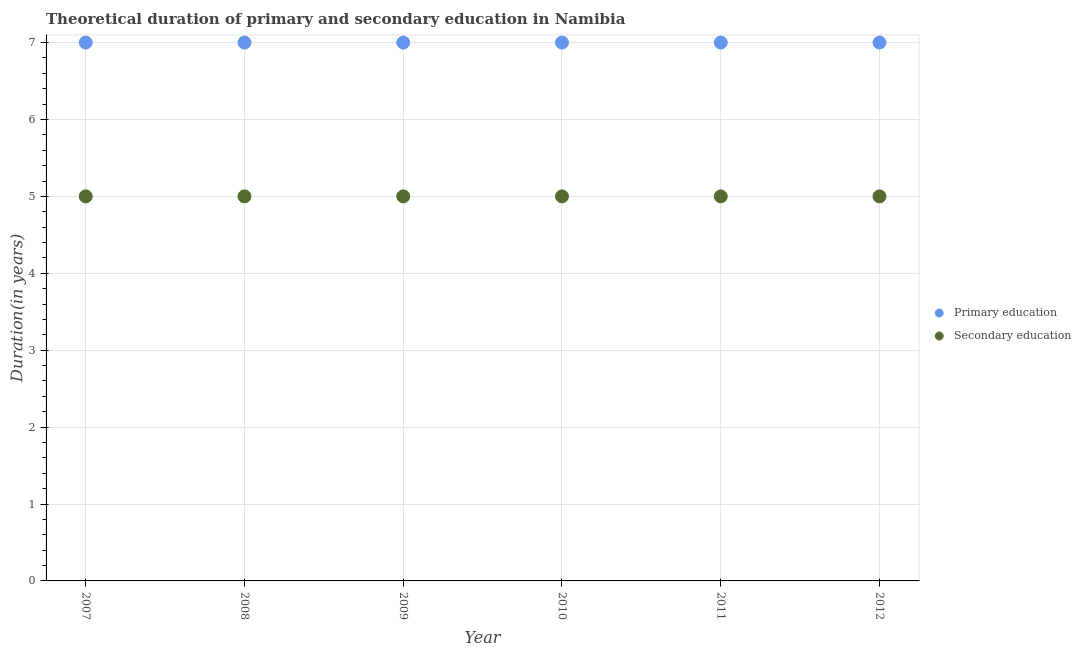
| Year | Primary education | Secondary education |
 | --- | --- | --- |
 | 2007 | 7 | 5 |
 | 2008 | 7 | 5 |
 | 2009 | 7 | 5 |
 | 2010 | 7 | 5 |
 | 2011 | 7 | 5 |
 | 2012 | 7 | 5 |